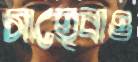
সাহেবাও